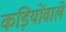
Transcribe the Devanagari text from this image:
कड़ियोंवाले